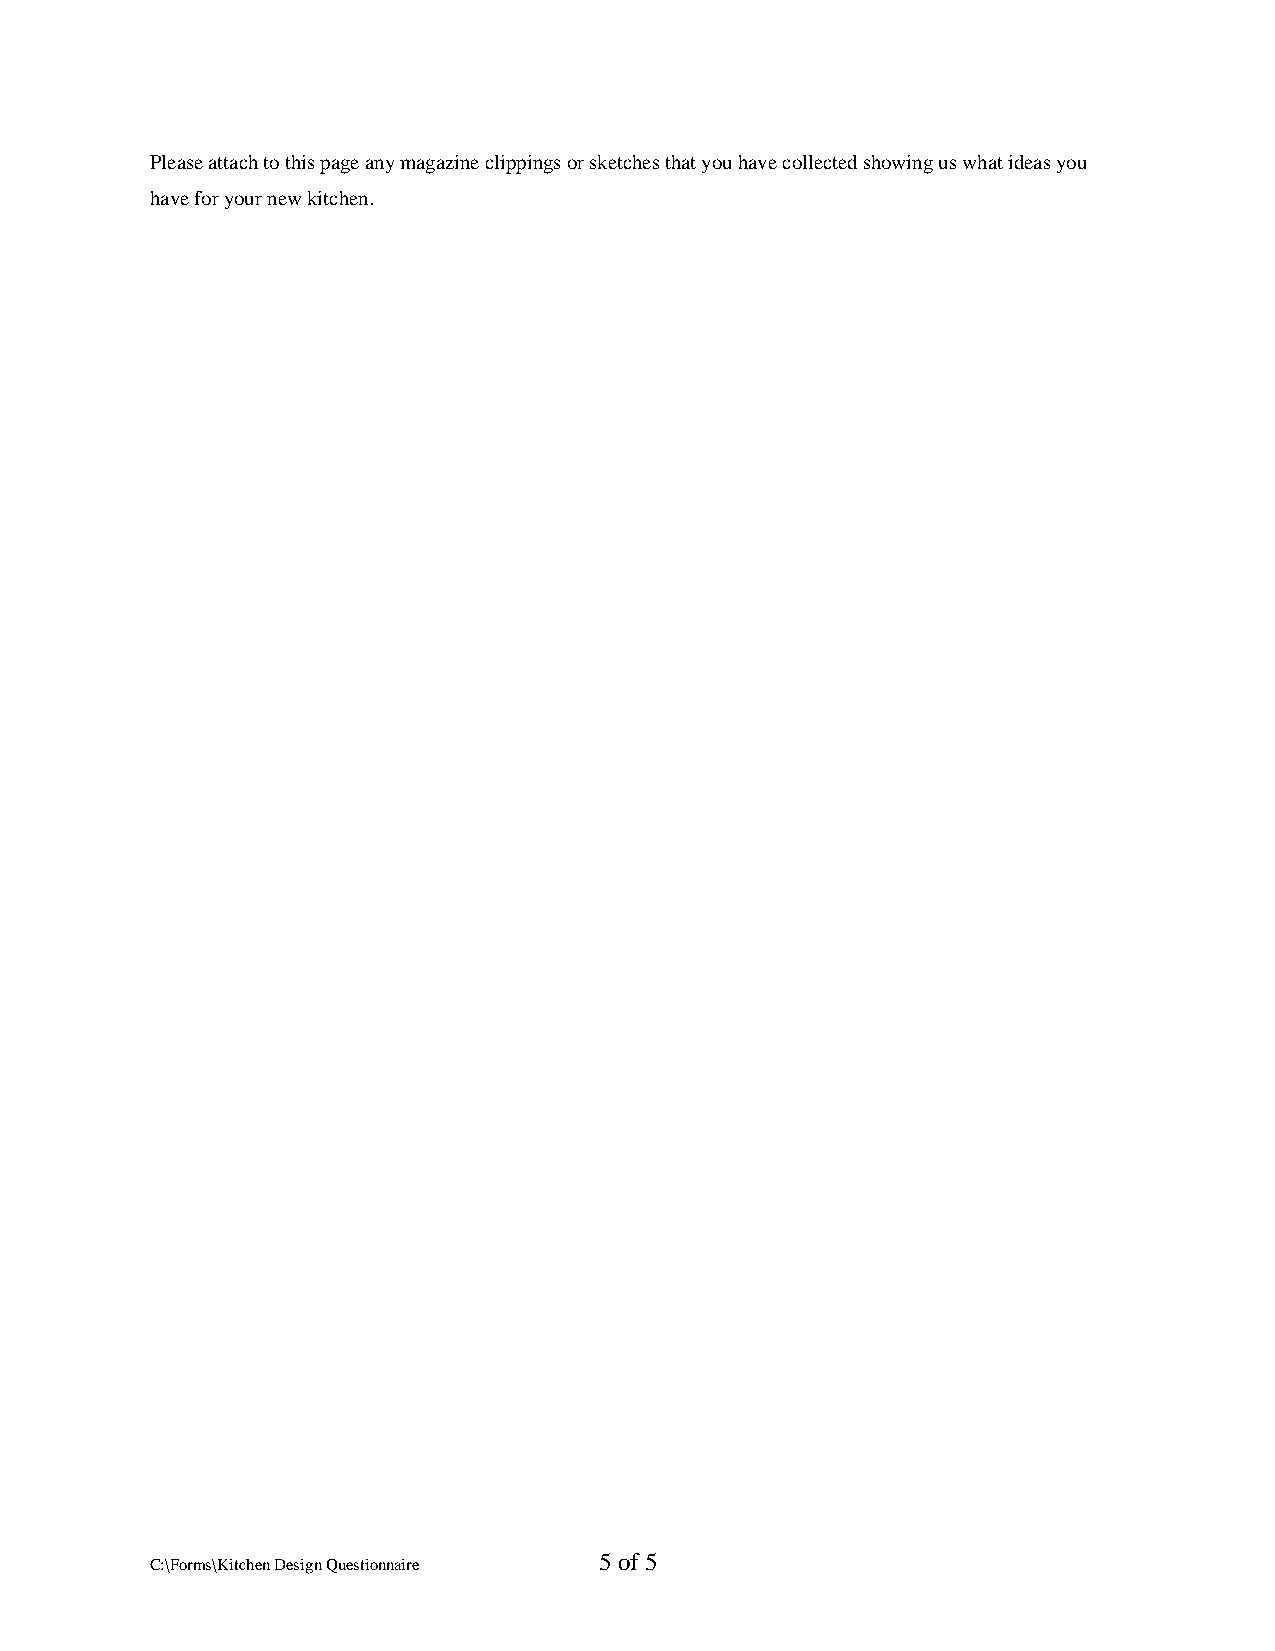
Please attach to this page any magazine clippings or sketches that you have collected showing us what ideas you
 have for your new kitchen.
 5 of 5
 C:\Forms\Kitchen Design Questionnaire